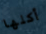
أكلها